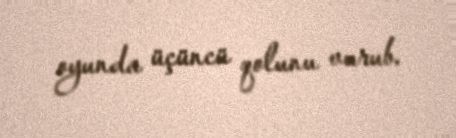
oyunda üçüncü qolunu vurub.